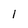
Character: l